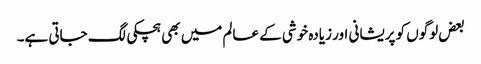
بعض لوگوں کو پریشانی اور زیادہ خوشی کے عالم میں بھی ہچکی لگ جاتی ہے۔